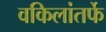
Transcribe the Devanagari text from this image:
वकिलांतर्फे